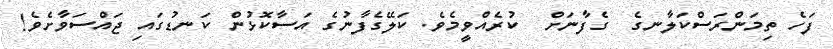
ފަހެ ތިމަންރަސްކަލާނގެ  ގެފާނަށް  ކުރެއްވީމެވެ. ކަލޭގެފާނުގެ އަސާކޮޅުން ކަނޑުގައި ޖައްސަވާށެވެ!